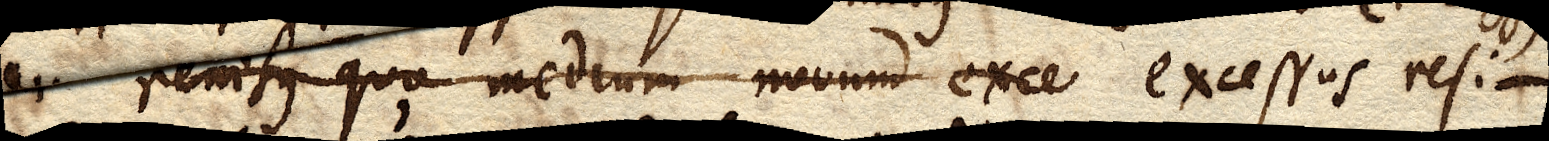
renisus quo medium novum exce excessus resi–